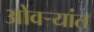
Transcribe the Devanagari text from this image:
ओवर्‍यांत